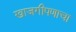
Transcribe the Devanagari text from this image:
खाजगीपणाचा